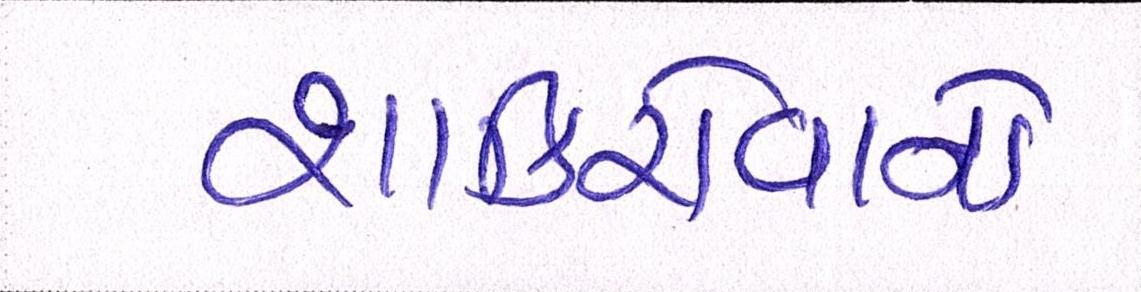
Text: શાકિરોવાનો